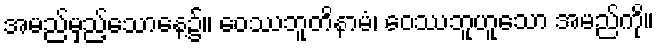
အမည်မှည့်သောနေ့၌။ ဝေဿဘူတိနာမံ၊ ဝေဿဘူဟူသော အမည်ကို။